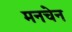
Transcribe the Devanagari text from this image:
मनचेन